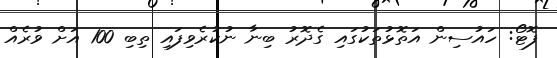
ފޮޓޯ: ހައުސިން އަތޮޅުތަކުގައި ގެދޮރު ބިނާ ނުކުރެވިފައި ތިބި 100 އަށް ވުރެއް